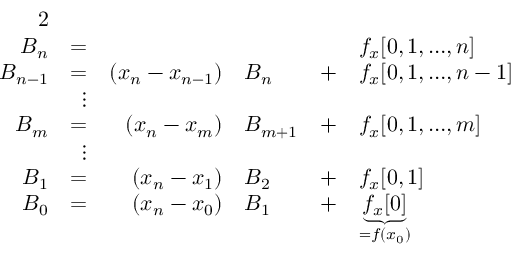
\begin{array} { r l r l r l } { { 2 } } \\ { B _ { n } } & { = } & & { } & & { f _ { x } [ 0 , 1 , … , n ] } \\ { B _ { n - 1 } } & { = } & { ( x _ { n } - x _ { n - 1 } ) } & { B _ { n } } & { + } & { f _ { x } [ 0 , 1 , … , n - 1 ] } \\ & { \; \; \vdots } \\ { B _ { m } } & { = } & { ( x _ { n } - x _ { m } ) } & { B _ { m + 1 } } & { + } & { f _ { x } [ 0 , 1 , … , m ] } \\ & { \; \; \vdots } \\ { B _ { 1 } } & { = } & { ( x _ { n } - x _ { 1 } ) } & { B _ { 2 } } & { + } & { f _ { x } [ 0 , 1 ] } \\ { B _ { 0 } } & { = } & { ( x _ { n } - x _ { 0 } ) } & { B _ { 1 } } & { + } & { \underbrace { f _ { x } [ 0 ] } _ { = f ( x _ { 0 } ) } } \end{array}